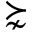
\succnsim